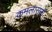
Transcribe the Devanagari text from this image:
कमलासनों